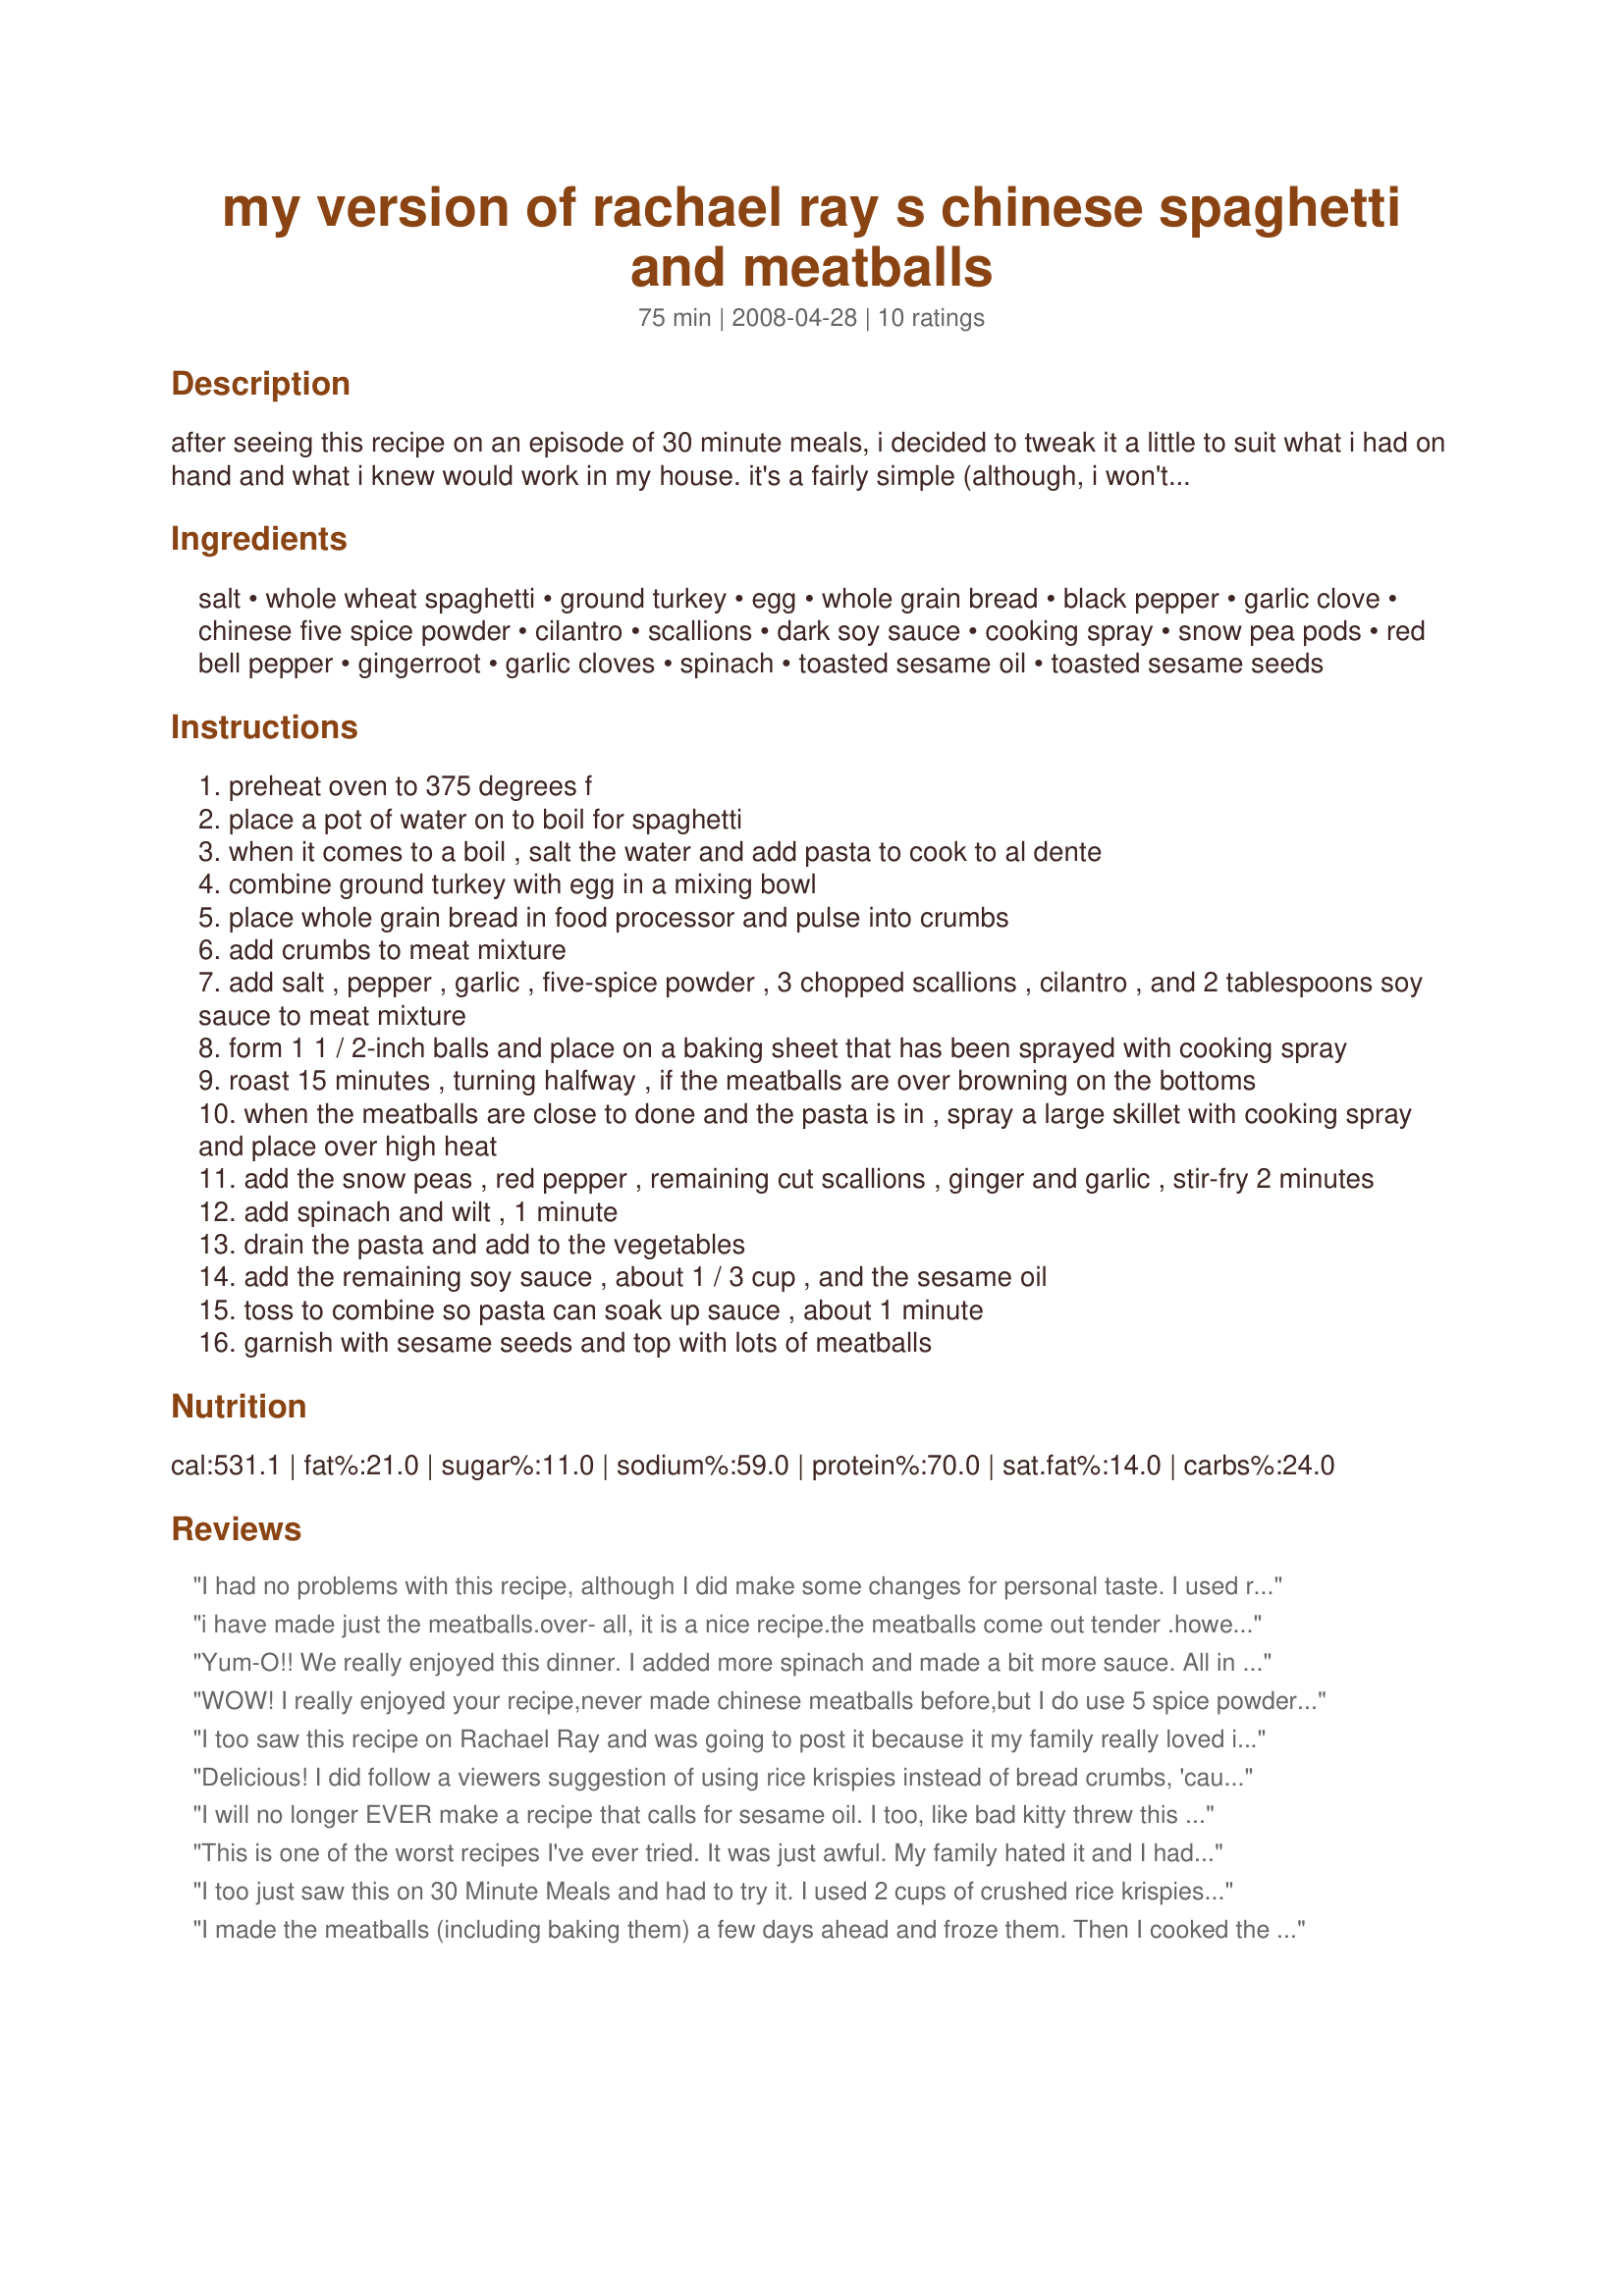
my version of rachael ray s chinese spaghetti and meatballs
Preparation time: 75 minutes

after seeing this recipe on an episode of 30 minute meals, i decided to tweak it a little to suit what i had on hand and what i knew would work in my house. it's a fairly simple (although, i won't claim that it only takes 30 minutes...nothing ever does, does it?) meal that is pretty healthy with the lean protein, the whole grain, and all the veggies. although as with any asian inspired meal, the soy sauce does account for a lot of sodium.

Ingredients:
salt, whole wheat spaghetti, ground turkey, egg, whole grain bread, black pepper, garlic clove, chinese five spice powder, cilantro, scallions, dark soy sauce, cooking spray, snow pea pods, red bell pepper, gingerroot, garlic cloves, spinach, toasted sesame oil, toasted sesame seeds

Steps:
preheat oven to 375 degrees f
place a pot of water on to boil for spaghetti
when it comes to a boil , salt the water and add pasta to cook to al dente
combine ground turkey with egg in a mixing bowl
place whole grain bread in food processor and pulse into crumbs
add crumbs to meat mixture
add salt , pepper , garlic , five-spice powder , 3 chopped scallions , cilantro , and 2 tablespoons soy sauce to meat mixture
form 1 1 / 2-inch balls and place on a baking sheet that has been sprayed with cooking spray
roast 15 minutes , turning halfway , if the meatballs are over browning on the bottoms
when the meatballs are close to done and the pasta is in , spray a large skillet with cooking spray and place over high heat
add the snow peas , red pepper , remaining cut scallions , ginger and garlic , stir-fry 2 minutes
add spinach and wilt , 1 minute
drain the pasta and add to the vegetables
add the remaining soy sauce , about 1 / 3 cup , and the sesame oil
toss to combine so pasta can soak up sauce , about 1 minute
garnish with sesame seeds and top with lots of meatballs

Reviews:
I had no problems with this recipe, although I did make some changes for personal taste. I used regular hamburger meat and country sausage mixed together. I added more garlic, water chestnuts and a few drops of Chinese hot sauce I used Panko instead of plain bread crumbs. Sesame oil and the five spice powder is an acquired taste, we loved it!
i have made just the meatballs.<br/>over- all, it is a nice recipe.the meatballs come out tender .<br/>however- the chinese 5 spice..... hmmmmm<br/>once i smelled it i knew i was putting just a 1/4 teaspoon (recipe notes 1 tsp)<br/>i actually thought it came out nice but i think my family will want to order pizza:(
Yum-O!! We really enjoyed this dinner. I added more spinach and made a bit more sauce. All in all, it was delicious!
WOW! I really enjoyed your recipe,never made chinese meatballs before,but I do use 5 spice powder,because I love the taste of it.This is a keeper,for our family.Rose of Sharon
I too saw this recipe on Rachael Ray and was going to post it because it my family really loved it. I was glad to see it was already posted and reviewed. It was easy, healthy and flavorful. Next time I will cut the five spice powder in half - it was just to strong for our tastes otherwise I would leave it just like it is. Great recipe!
Delicious! I did follow a viewers suggestion of using rice krispies instead of bread crumbs, 'cause I thought it exciting and sort of Chinese. Also, I added a healthy splash of hot and sweet chili sauce to the dish after tasting, and it gave it a lot more zing! Love the fusion combo of it all!
I will no longer EVER make a recipe that calls for sesame oil. I too, like bad kitty threw this away. Inedible. I normally trust Rachel Ray recipes, but this was not good.
This is one of the worst recipes I've ever tried. It was just awful. My family hated it and I had to throw it away. I've been cooking for 30 years and that's only happened like 2 other times. I suggest you don't waste ingredients on this recipe. The Chinese five spice powder is way too strong in the meatballs (I used ground pork like Rachael did) and the spaghetti part is salty and bland at the same time. It's a great idea but it just doesn't work.
I too just saw this on 30 Minute Meals and had to try it. I used 2 cups of crushed rice krispies (as she did) instead of the whole grain bread and I skipped the spinach. 
I served this to my FIL for his birthday dinner and he had 3 helpings! This was my first time using five spice powder and I loved it. I also added a little garlic powder to the meatballs. This is one of those easy and delicious meals that just might become a regular at our table. Thanks for posting!
I made the meatballs (including baking them) a few days ahead and froze them. Then I cooked the spaghetti and the stir fry vegs when I wanted to serve them, and it worked out great! Very tasty! I used a tablespoon to help me get the meatballs uniform sized, and I got 22. Two minutes in the microwave, and they were hot, then I stirred them into the veggies. Definitely will make again.
